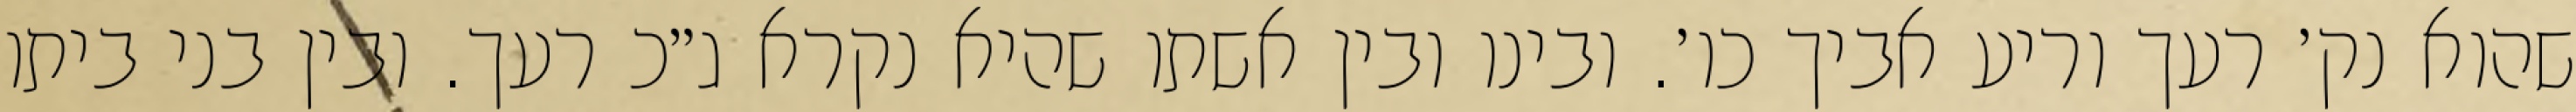
שהוא נק׳ רעך וריע אביך כו׳. ובינו ובין אשתו שהיא נקרא ג״כ רעך. ובין בני ביתו